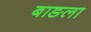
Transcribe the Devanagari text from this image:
बाङला